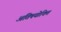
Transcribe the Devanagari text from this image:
अतिषयोक्ति